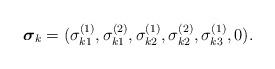
LaTeX: \begin{align*}\mbox{\boldmath $\sigma$}_k=(\sigma_{k1}^{(1)}, \sigma_{k1}^{(2)}, \sigma_{k2}^{(1)}, \sigma_{k2}^{(2)}, \sigma_{k3}^{(1)}, 0) .\end{align*}